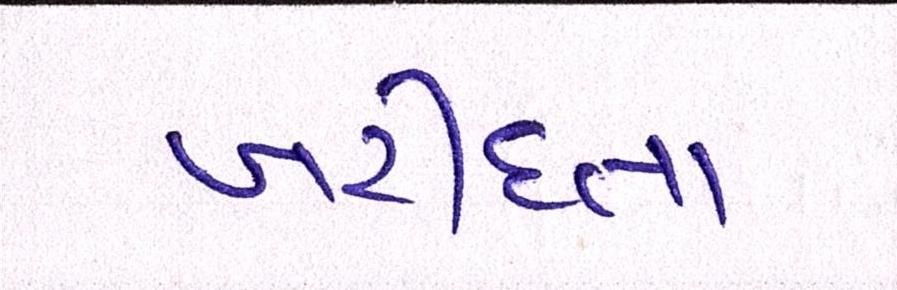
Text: ખરીદતા